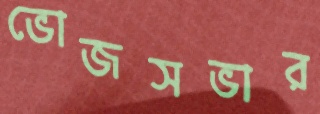
ভোজসভার